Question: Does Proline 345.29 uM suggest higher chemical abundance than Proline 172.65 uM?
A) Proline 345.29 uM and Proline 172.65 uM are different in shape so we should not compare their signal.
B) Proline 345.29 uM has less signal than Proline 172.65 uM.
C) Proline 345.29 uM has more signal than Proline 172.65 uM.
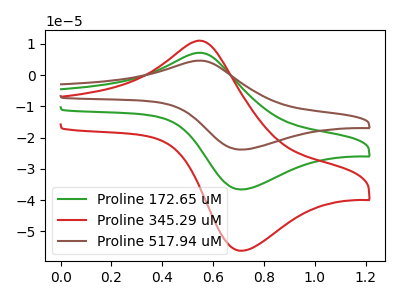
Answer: <think>The green curve "Proline 172.65 uM" has an anodic peak at (0.55V, 7.20uA) and a cathodic peak at (0.70V, -36.60uA). The red curve "Proline 345.29 uM" has an anodic peak at (0.55V, 11.05uA) and a cathodic peak at (0.70V, -56.25uA). The brown curve "Proline 517.94 uM" has an anodic peak at (0.55V, 14.40uA) and a cathodic peak at (0.70V, -73.20uA).
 All the peaks in "Proline 345.29 uM" have a peak in "Proline 172.65 uM" at the same potential. Every peak in "Proline 345.29 uM" is higher than every peak in "Proline 172.65 uM".</think>
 <answer>C) "Proline 345.29 uM" has more signal than "Proline 172.65 uM".</answer>
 <eval>C</eval>